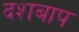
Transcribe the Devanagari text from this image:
दशबाप